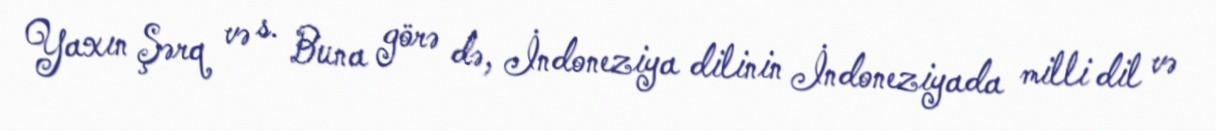
Yaxın Şərq və s. Buna görə də, İndoneziya dilinin İndoneziyada milli dil və